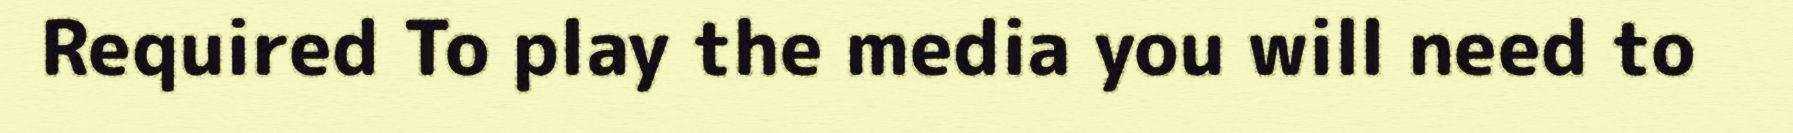
Required To play the media you will need to